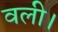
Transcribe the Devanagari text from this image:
वली।